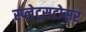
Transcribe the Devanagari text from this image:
स्प्लेट्सटोसर